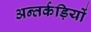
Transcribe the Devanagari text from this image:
अन्तर्कड़ियों